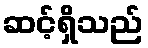
ဆင့်ရှိသည်